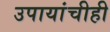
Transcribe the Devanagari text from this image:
उपायांचीही